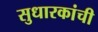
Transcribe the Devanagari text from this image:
सुधारकांची